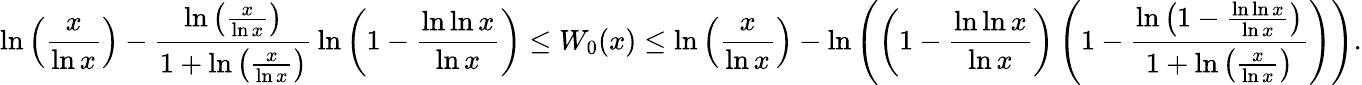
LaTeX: \ln\left({\frac{x}{\ln x}}\right)-{\frac{\ln\left({\frac{x}{\ln x}}\right)}{1+\ln\left({\frac{x}{\ln x}}\right)}}\ln\left(1-{\frac{\ln\ln x}{\ln x}}\right)\leq W_{0}(x)\leq\ln\left({\frac{x}{\ln x}}\right)-\ln\left(\left(1-{\frac{\ln\ln x}{\ln x}}\right)\left(1-{\frac{\ln\left(1-{\frac{\ln\ln x}{\ln x}}\right)}{1+\ln\left({\frac{x}{\ln x}}\right)}}\right)\right).